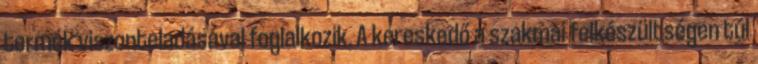
termék viszonteladásával foglalkozik. A kereskedő a szakmai felkészültségen túl